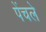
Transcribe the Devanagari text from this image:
पेंचले